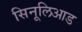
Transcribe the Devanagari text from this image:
सिनूलिआड